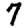
Digit: 7